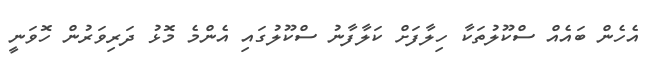
އެހެން ބައެއް ސްކޫލުތަކާ ހިލާފަށް ކަލާފާނު ސްކޫލުގައި އެންމެ މޮޅު ދަރިވަރުން ހޮވަނީ